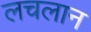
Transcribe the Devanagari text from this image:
लचलान